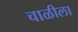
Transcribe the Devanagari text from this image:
चाळीला